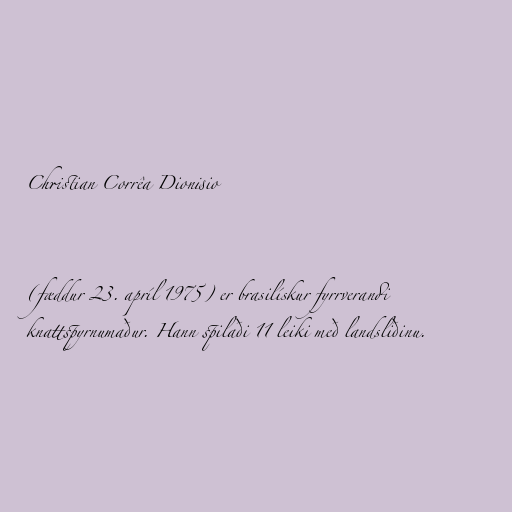
Christian Corrêa Dionisio

(fæddur 23. apríl 1975) er brasilískur fyrrverandi
knattspyrnumaður. Hann spilaði 11 leiki með landsliðinu.